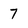
Character: 7